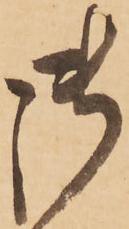
御